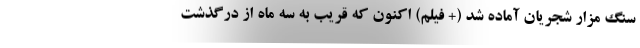
سنگ مزار شجریان آماده شد (+ فیلم) اکنون که قریب به سه ماه از درگذشت